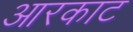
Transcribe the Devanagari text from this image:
आरकाट